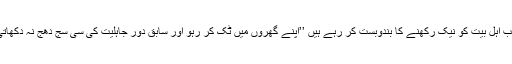
نبی کریمﷺ کے مقام کی وجہ سے اللہ تعالیٰ سب اہل بیت کو نیک رکھنے کا بندوبست کر رہے ہیں ’’اپنے گھروں میں ٹِک کر رہو اور سابق دور جاہلیت کی سی سج دھج نہ دکھاتی پھرو‘‘ فضول باہر گھومنا پھرنا نہیں چاہیے۔